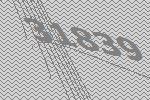
31839